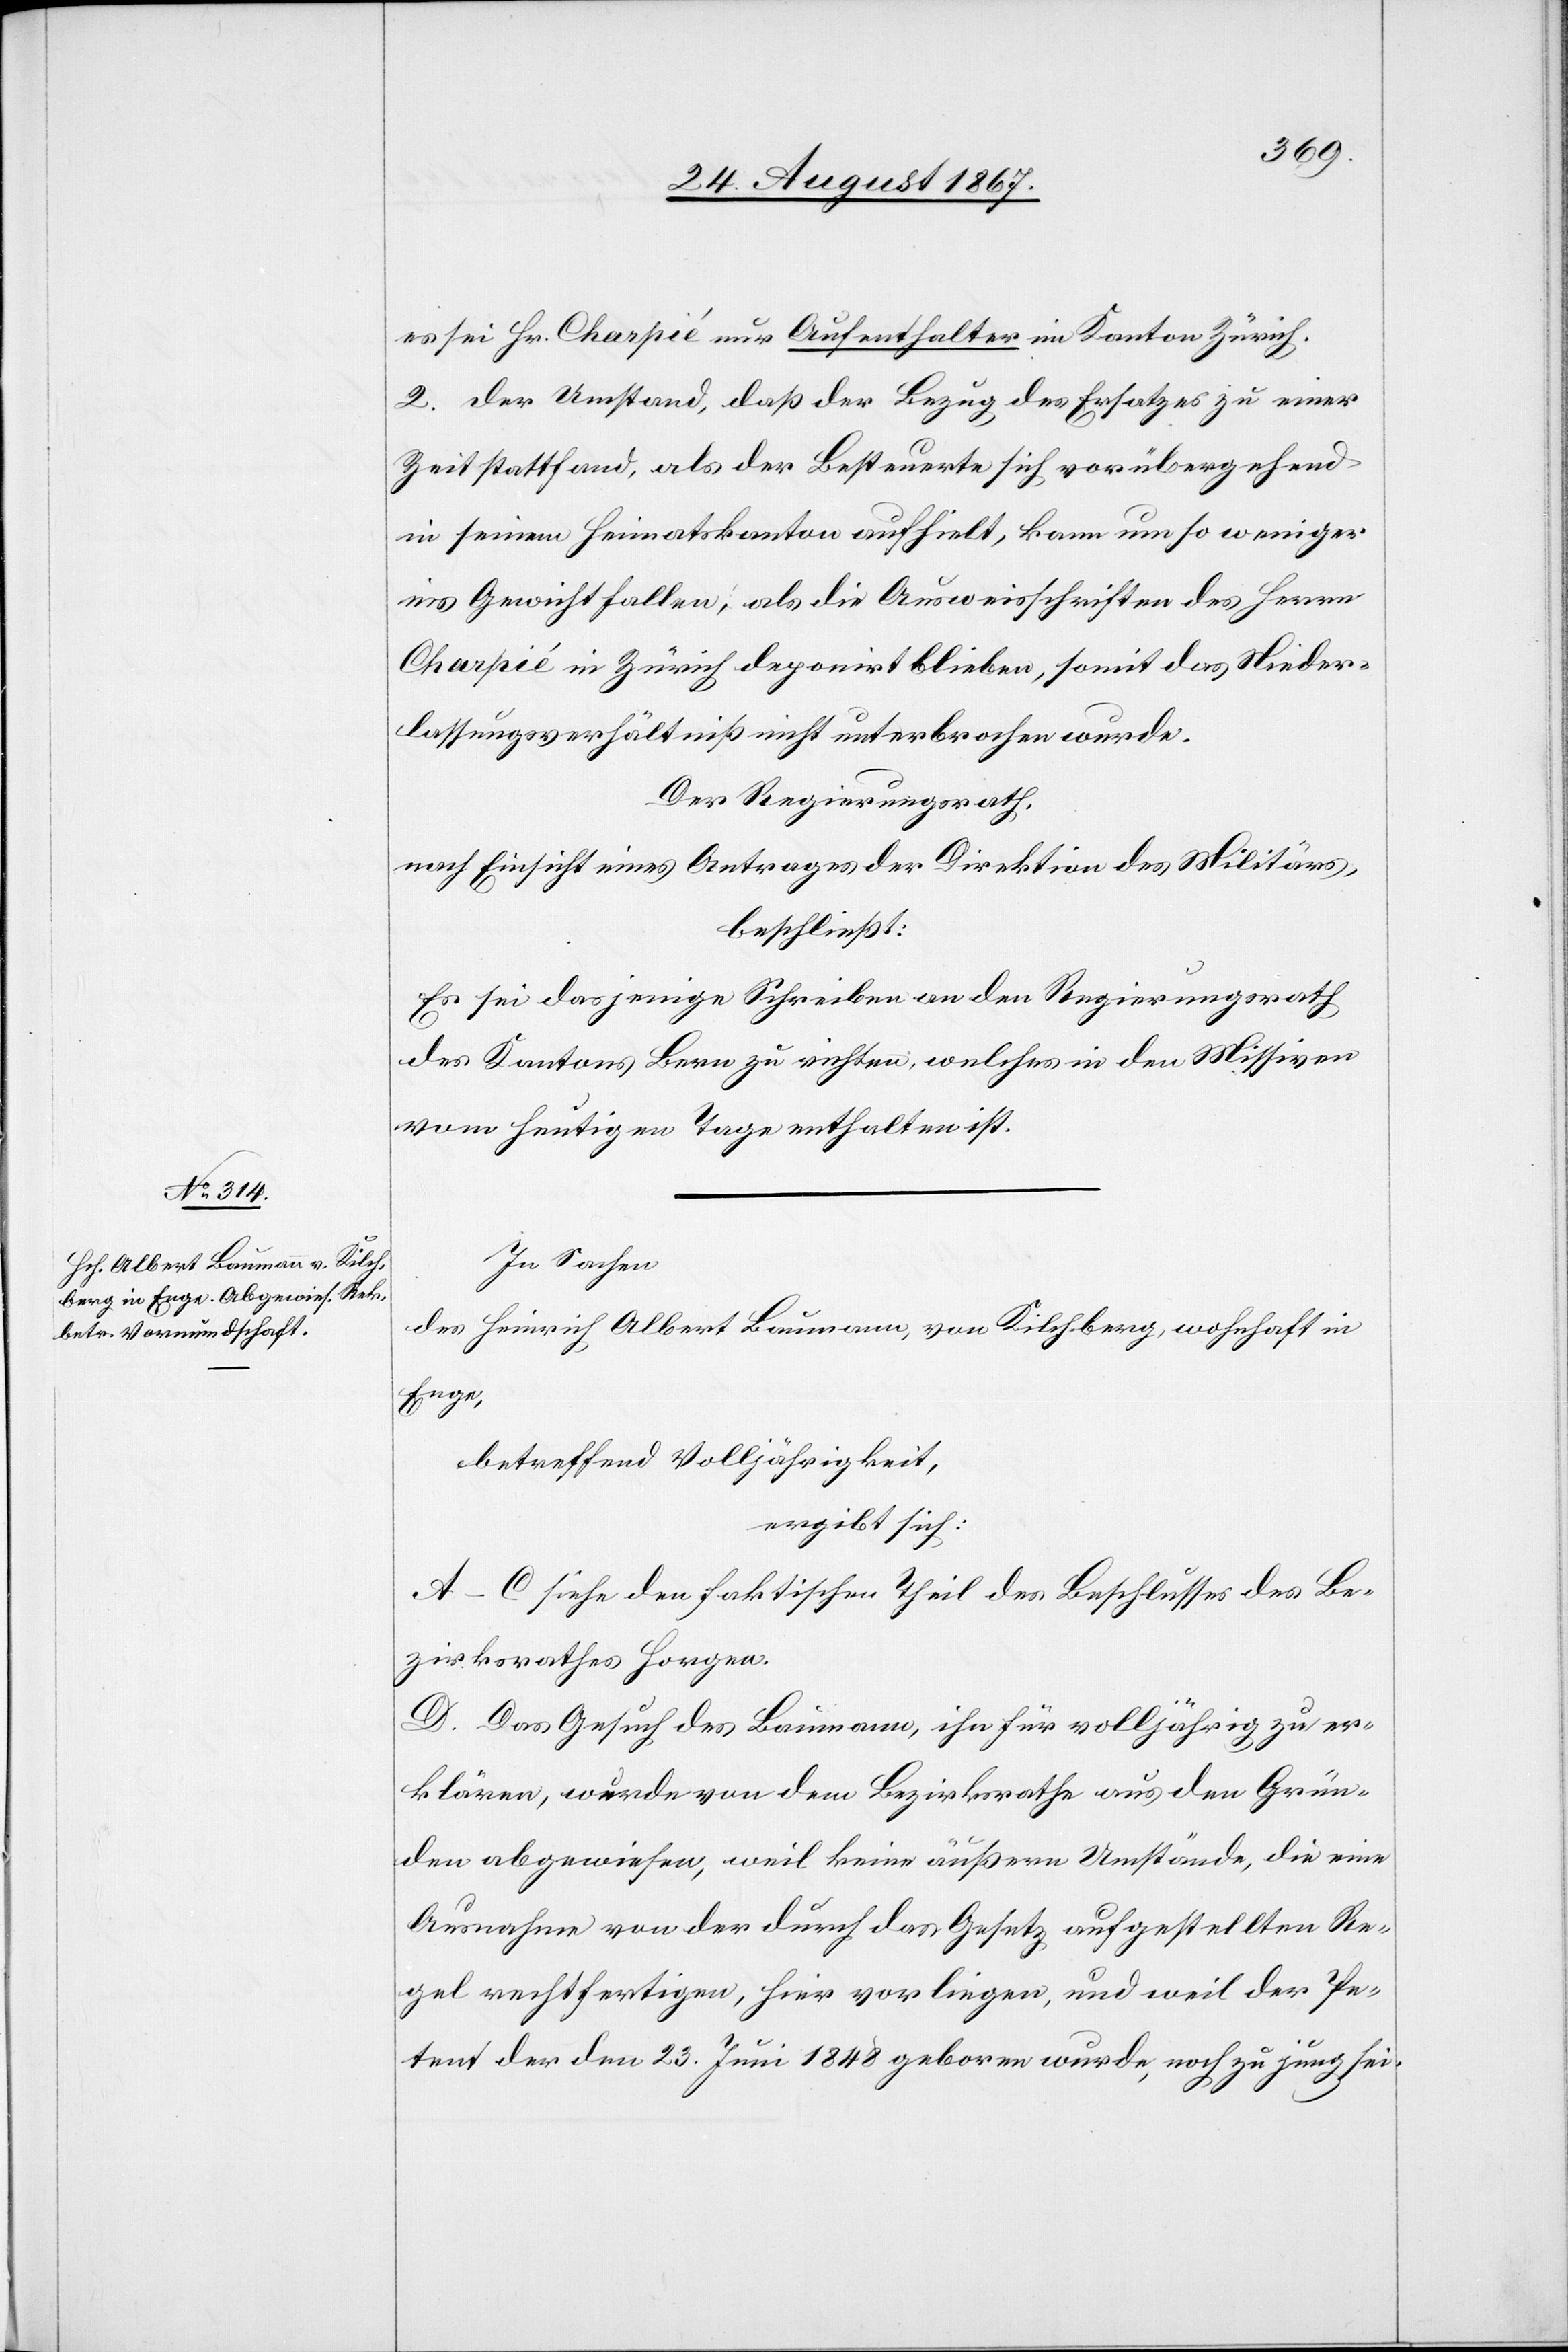
es sei Hr. Charpié nur Aufenthalter im Kanton Zürich.
2. der Umstand, daß der Bezug des Ersatzes zu einer
Zeit stattfand, als der Besteurte des sich vorübergehend
in seinem Heimatskanton aufhielt, kann um so weniger
ins Gewicht fallen, als die Ausweisschriften des Herrn
Charpié in Zürich deponirt blieben, somit das Nieder¬
lassungsverhältniß nicht unterbrochen wurde.
Der Regierungsrath,
nach Einsicht eines Antrages der Direktion des Militärs,
beschließt:
Es sei dasjenige Schreiben an den Regierungsrath
des Kantons Bern zu richten, welches in den Missiven
vom heutigen Tage enthalten ist.
In Sachen
des Heinrich Albert Baumann, von Kilchberg, wohnhaft in
Enge,
betreffend Volljährigkeit,
ergibt sich:
A–C siehe den faktischen Theil des Beschlusses des Be¬
zirksrathes Horgen.
D. Das Gesuch des Baumann, ihn für volljährig zu er¬
klären, wurde von dem Bezirksrathe aus den Grün¬
den abgewiesen, weil keine äußere Umstände, die eine
Ausnahme von der durch das Gesetz aufgestellten Re¬
gel rechtfertigen, hier vorliegen, und weil der Pe¬
tent der den 23. Juni 1848 geboren wurde, noch zu jung sei.